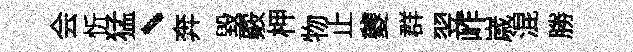
会忻猛、奔毀覈柙物止夔群翌岞𡻕混勝